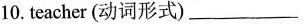
10.teacher(动词形式)_.